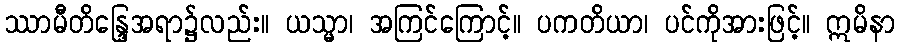
ဿာမီတိန္ဒြေအရာ၌လည်း။ ယသ္မာ၊ အကြင်ကြောင့်။ ပကတိယာ၊ ပင်ကိုအားဖြင့်။ ဣမိနာ